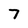
Character: 7